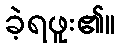
ခဲ့ရဖူး၏။